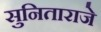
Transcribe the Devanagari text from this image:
सुनिताराजे